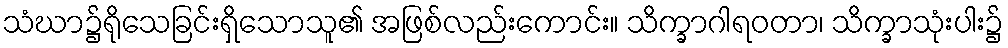
သံဃာ၌ရိုသေခြင်းရှိသောသူ၏ အဖြစ်လည်းကောင်း။ သိက္ခာဂါရဝတာ၊ သိက္ခာသုံးပါး၌